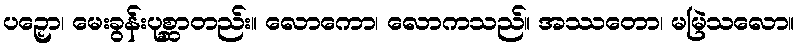
ပဉှော၊ မေးခွန်းပုစ္ဆာတည်း။ လောကော၊ လောကသည်။ အဿတော၊ မမြဲသလော။